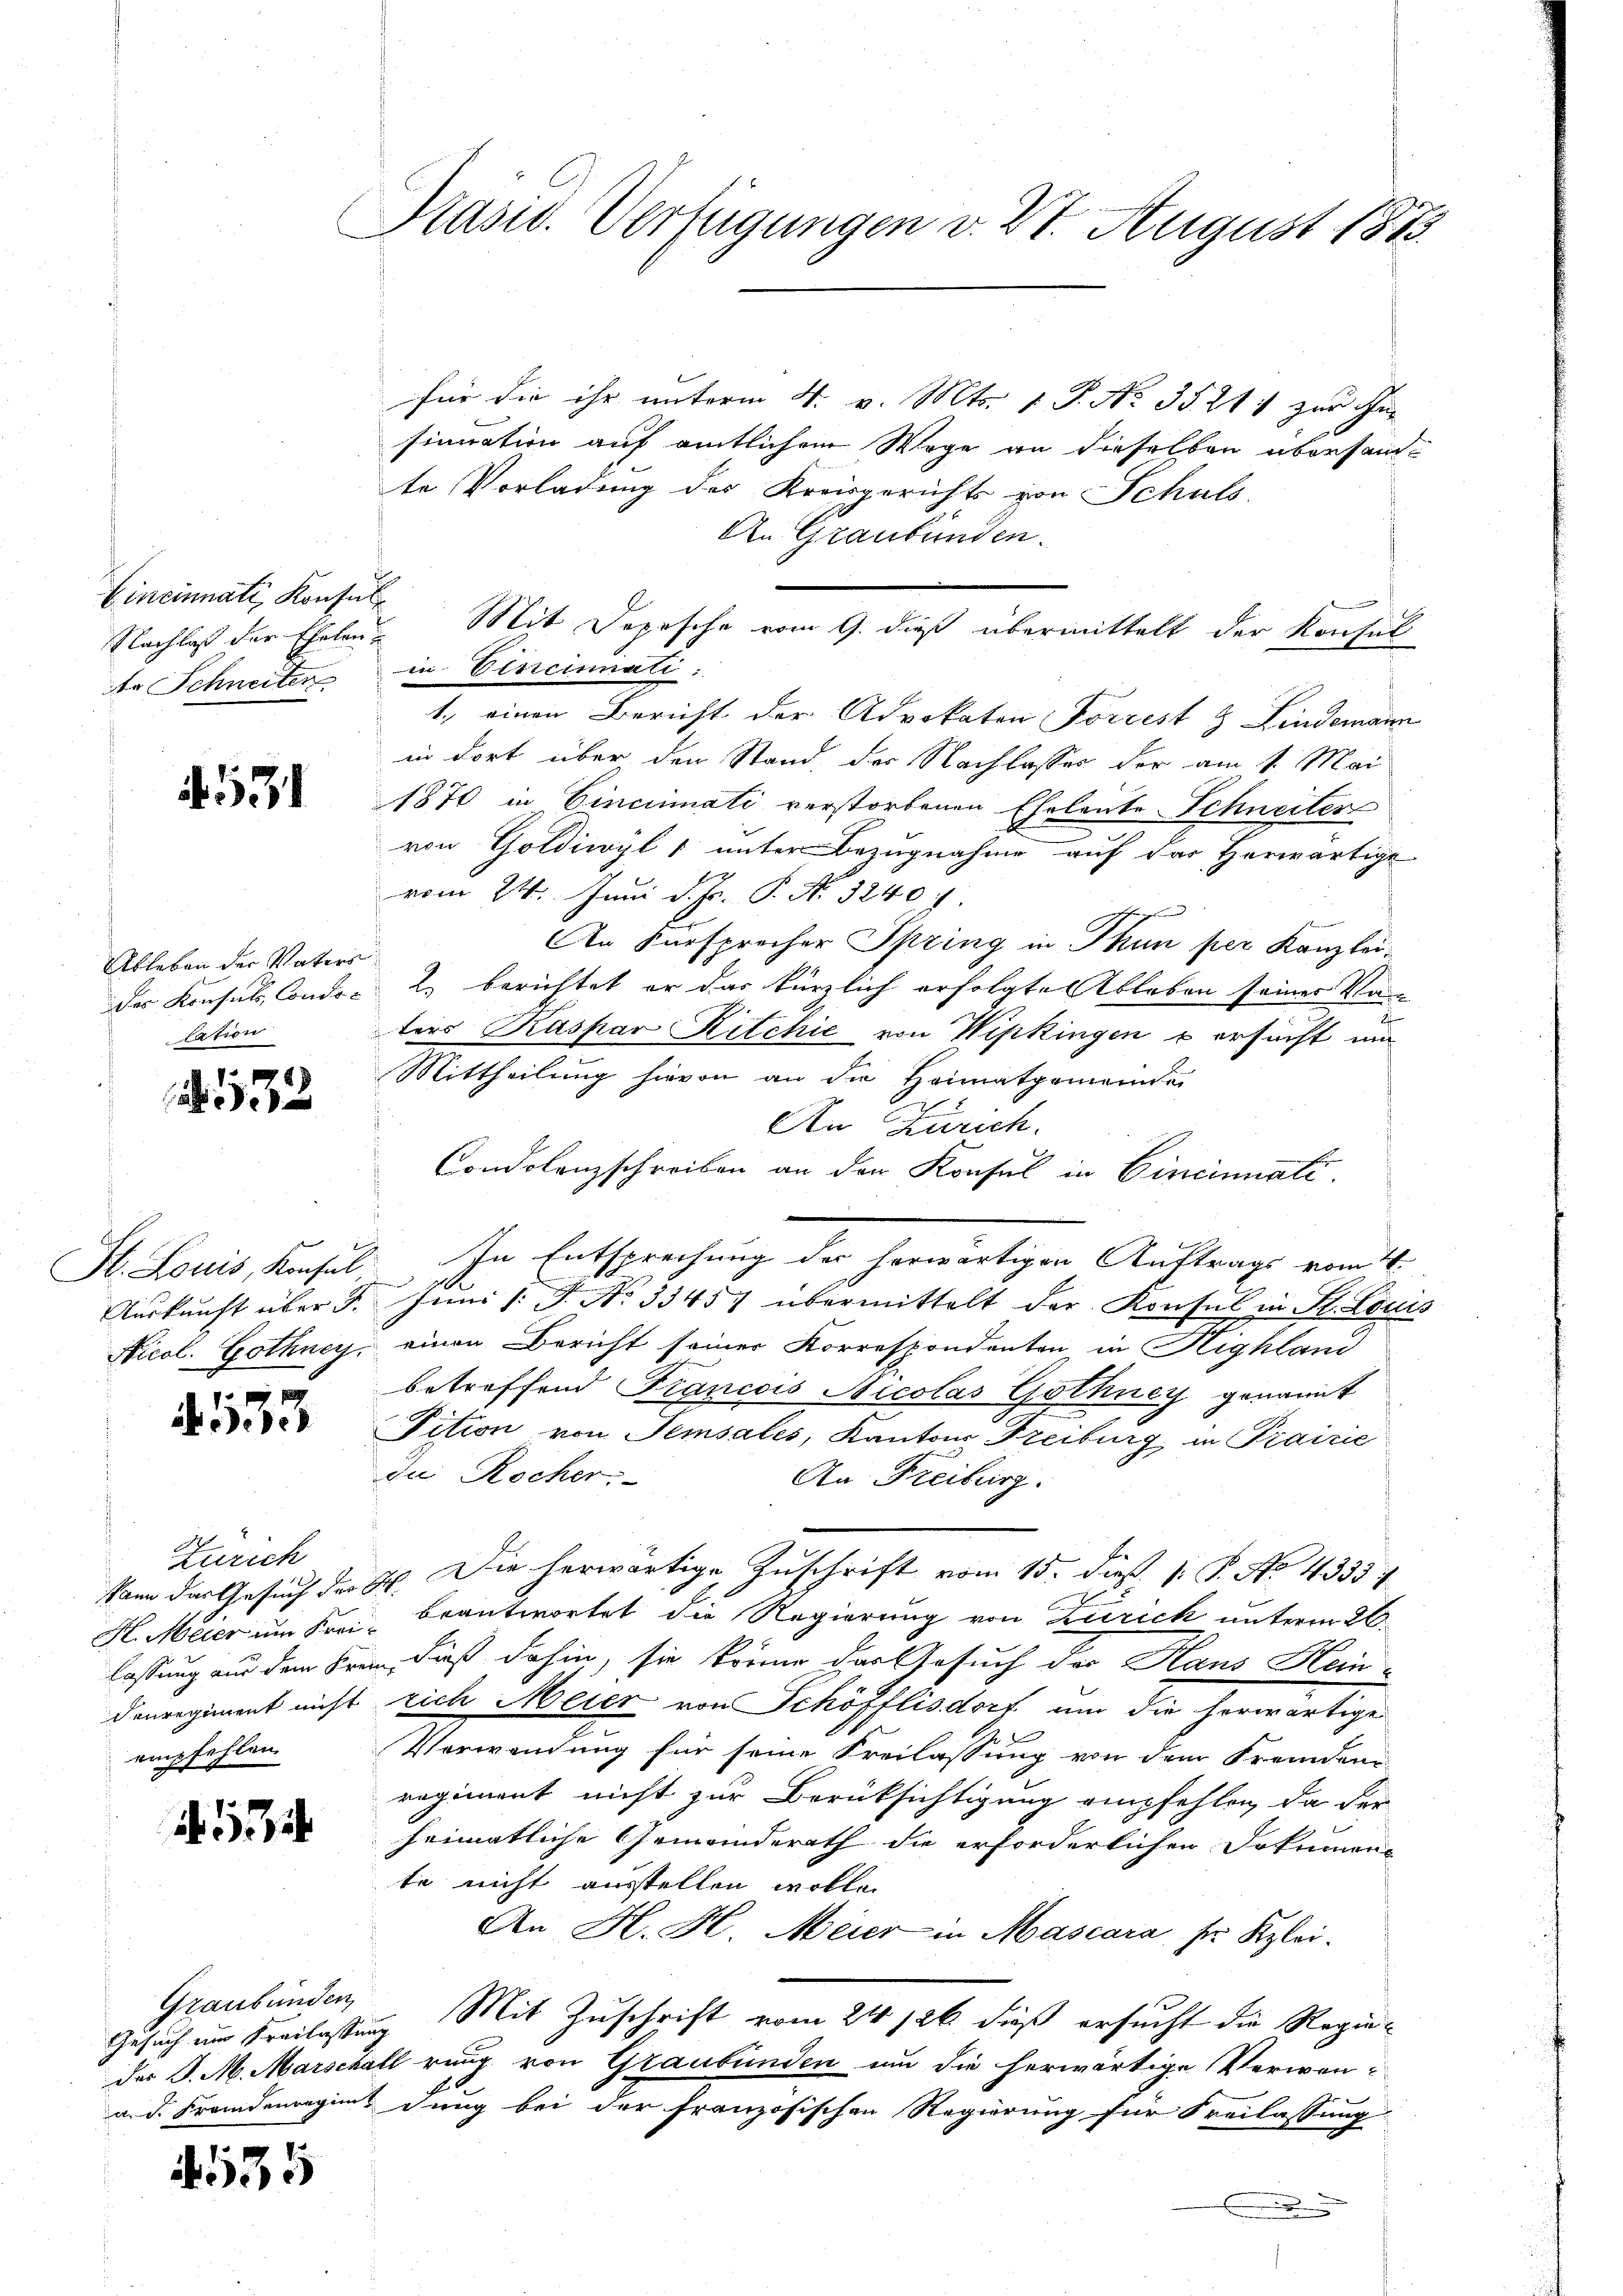
Eineinmatt, Konsul
Nachlaß der Eheleute Schneiter

531

Ableben der Vaters
des Konsuls Conditation

132

Auskunft über d

4533

Zürich
kann das Gesuch der
H. Meier um Krei
lassung aus dem Fr.
denregiment nicht
empfehlen.

134

Graubünden,

635

Prasw. Verfügungen v. 21. August 1873.

für die ihr unterm 4. v. Mts. v. P. No 35211 zur In-
sinuation auf amtlichem Wege an dieselben übersandte Vorladung des Kreisgerichts von Schuls
An Graubünden.
1., einen Bericht der Advokaten Forrest & Lindemann
in dort über den Stand, der Nachlasses der am 1. Mai
1870 in Cincinati verstorbenen Eheleute Schneiter
von Goldiwyl unter Bezugnahme auf der Herwärtige
vom 24. Juni d. Js. P. Nr. 3240.
An Fürsprecher Spring in Thun per Kanzlei¬
2. berichtet er das kürzlich erfolgte Ableben seiner Va-
ters Kaspar Ritchie von Wipkingen u ersucht um
Mittheilung hievon an die Heimatgemeinden
An Zürich.
Condolenzschreiben an den Konsul in Cincinnati
St. Louis, Konsul. In Entsprechung der herwärtigen Auftrags vom 4.
1
Juni l. J. No 33457 übermittelt der Konsul in St. Louis
Nicol. Gothney, einen Bericht seiner Korrespondenten in Highland
betreffend Francois Nicolas Gothney genannt
Tition von Temsales, Kantons Freiburg in Prairie
Du Rocher:
An Freiburg.
u. Die herwärtige Zuschrift vom 15. dieß (: P. No. 4333/
beantwortet die Regierung von Zürich unterm 26.
in dieß dahin, sie kröne das Gesuch der Haus Hein-
rich Meier von Schöfflisdorf um die herwärtige
Verwendung für seine Freilassung von dem Fremden
regiment nicht zur Berüksichtigung empfehlen, da der
heimatliche Gemeinderath die erforderlichen Sohnmens
te nicht ausstellen wolle.
An H. H. Meier in Mascara ser Klei¬
Gesuch im Kreilassung Mit Zuschrift vom 24. 126 dieß ersucht die Regie-
des J. M. Marschall rung von Graubünden um die herwärtige Verwan¬
u. d. Fremdenregen dung bei der französischen Regierung für Freilassung
5

Mit Dopesche vom 9. dieß übermittelt der Konsul
in Vincinati: